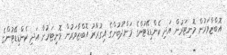
އޮޮބްޒާވަރުން މޮނިޓަރުން އަދި ކެންޑިޑޭޓުންގެ މަންދޫބުންގެ އިގުރާރު އޮޮބްޒާވަރުން މޮނިޓަރުން އަދި ކެންޑިޑޭޓުންގެ